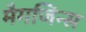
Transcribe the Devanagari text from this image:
मैगजिन्स